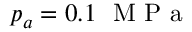
p _ { a } = 0 . 1 ~ \textrm { M P a }